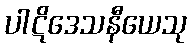
ပါဋိဒေသနီယေသု